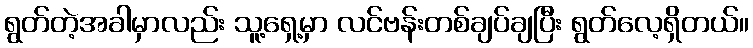
ရွတ်တဲ့အခါမှာလည်း သူ့ရှေ့မှာ လင်ဗန်းတစ်ချပ်ချပြီး ရွတ်လေ့ရှိတယ်။